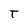
Character: T